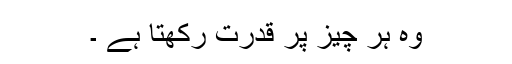
وہ ہر چیز پر قدرت رکھتا ہے ۔